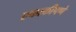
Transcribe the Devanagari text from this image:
एकाकीपणे